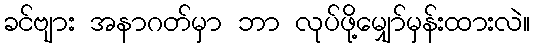
ခင်ဗျား အနာဂတ်မှာ ဘာ လုပ်ဖို့မျှော်မှန်းထားလဲ။